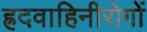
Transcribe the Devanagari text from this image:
ह्रदवाहिनीरोगों